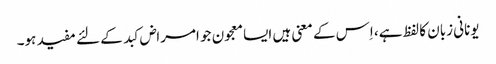
یونانی زبان کا لفظ ہے، اِس کے معنی ہیں ایسا معجون جو امراض کبد کے لئے مفید ہو۔